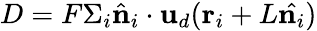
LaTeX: D=F\Sigma_{i}\hat{\mathbf n}_{i}\cdot\mathbf{u}_{d}(\mathbf{r}_{i}+L\hat{\mathbf{n}_{i}})